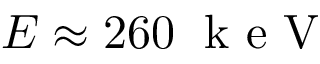
E \approx 2 6 0 \; \mathrm { ~ k ~ e ~ V ~ }